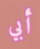
أبي